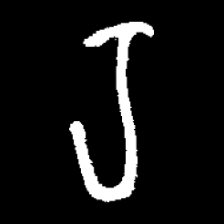
Pyu character \u2014 Myanmar letter: ရ (romanized: ra)